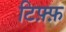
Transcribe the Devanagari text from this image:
टिफ़्फ़